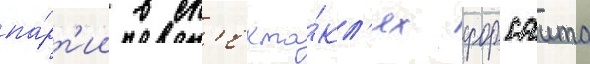
па́рт'ии в сп'екта́кл'ях форсаита